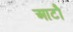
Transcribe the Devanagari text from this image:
आटौ